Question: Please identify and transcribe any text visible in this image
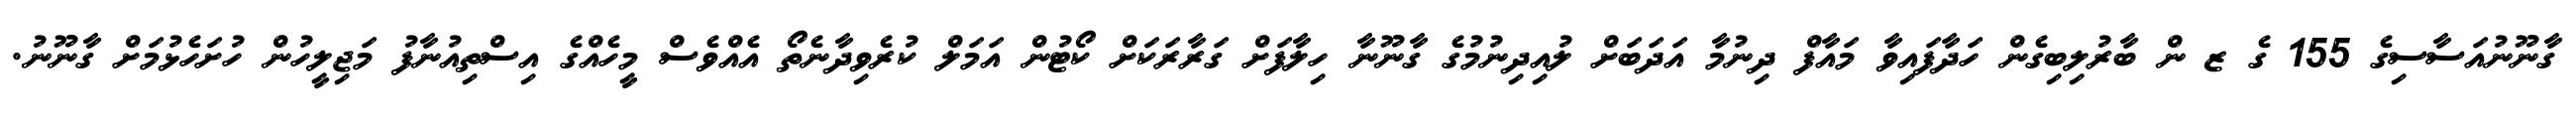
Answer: ގާނޫނުއަސާސިގެ 155 ގެ ޒ ން ބާރުލިބިގެން ހަދާފައިވާ މައާފް ދިނުމާ އަދަބަށް ލުއިދިނުމުގެ ގާނޫނާ ހިލާފަށް ގަރާރަކަށް ކޯޓުން އަމަލް ކުރެވިދާނެތޯ އެއްވެސް މީހެއްގެ އިސްތިއުނާފު މަޖިލީހުން ހުށަހެޅުމަށް ގާނޫނު.